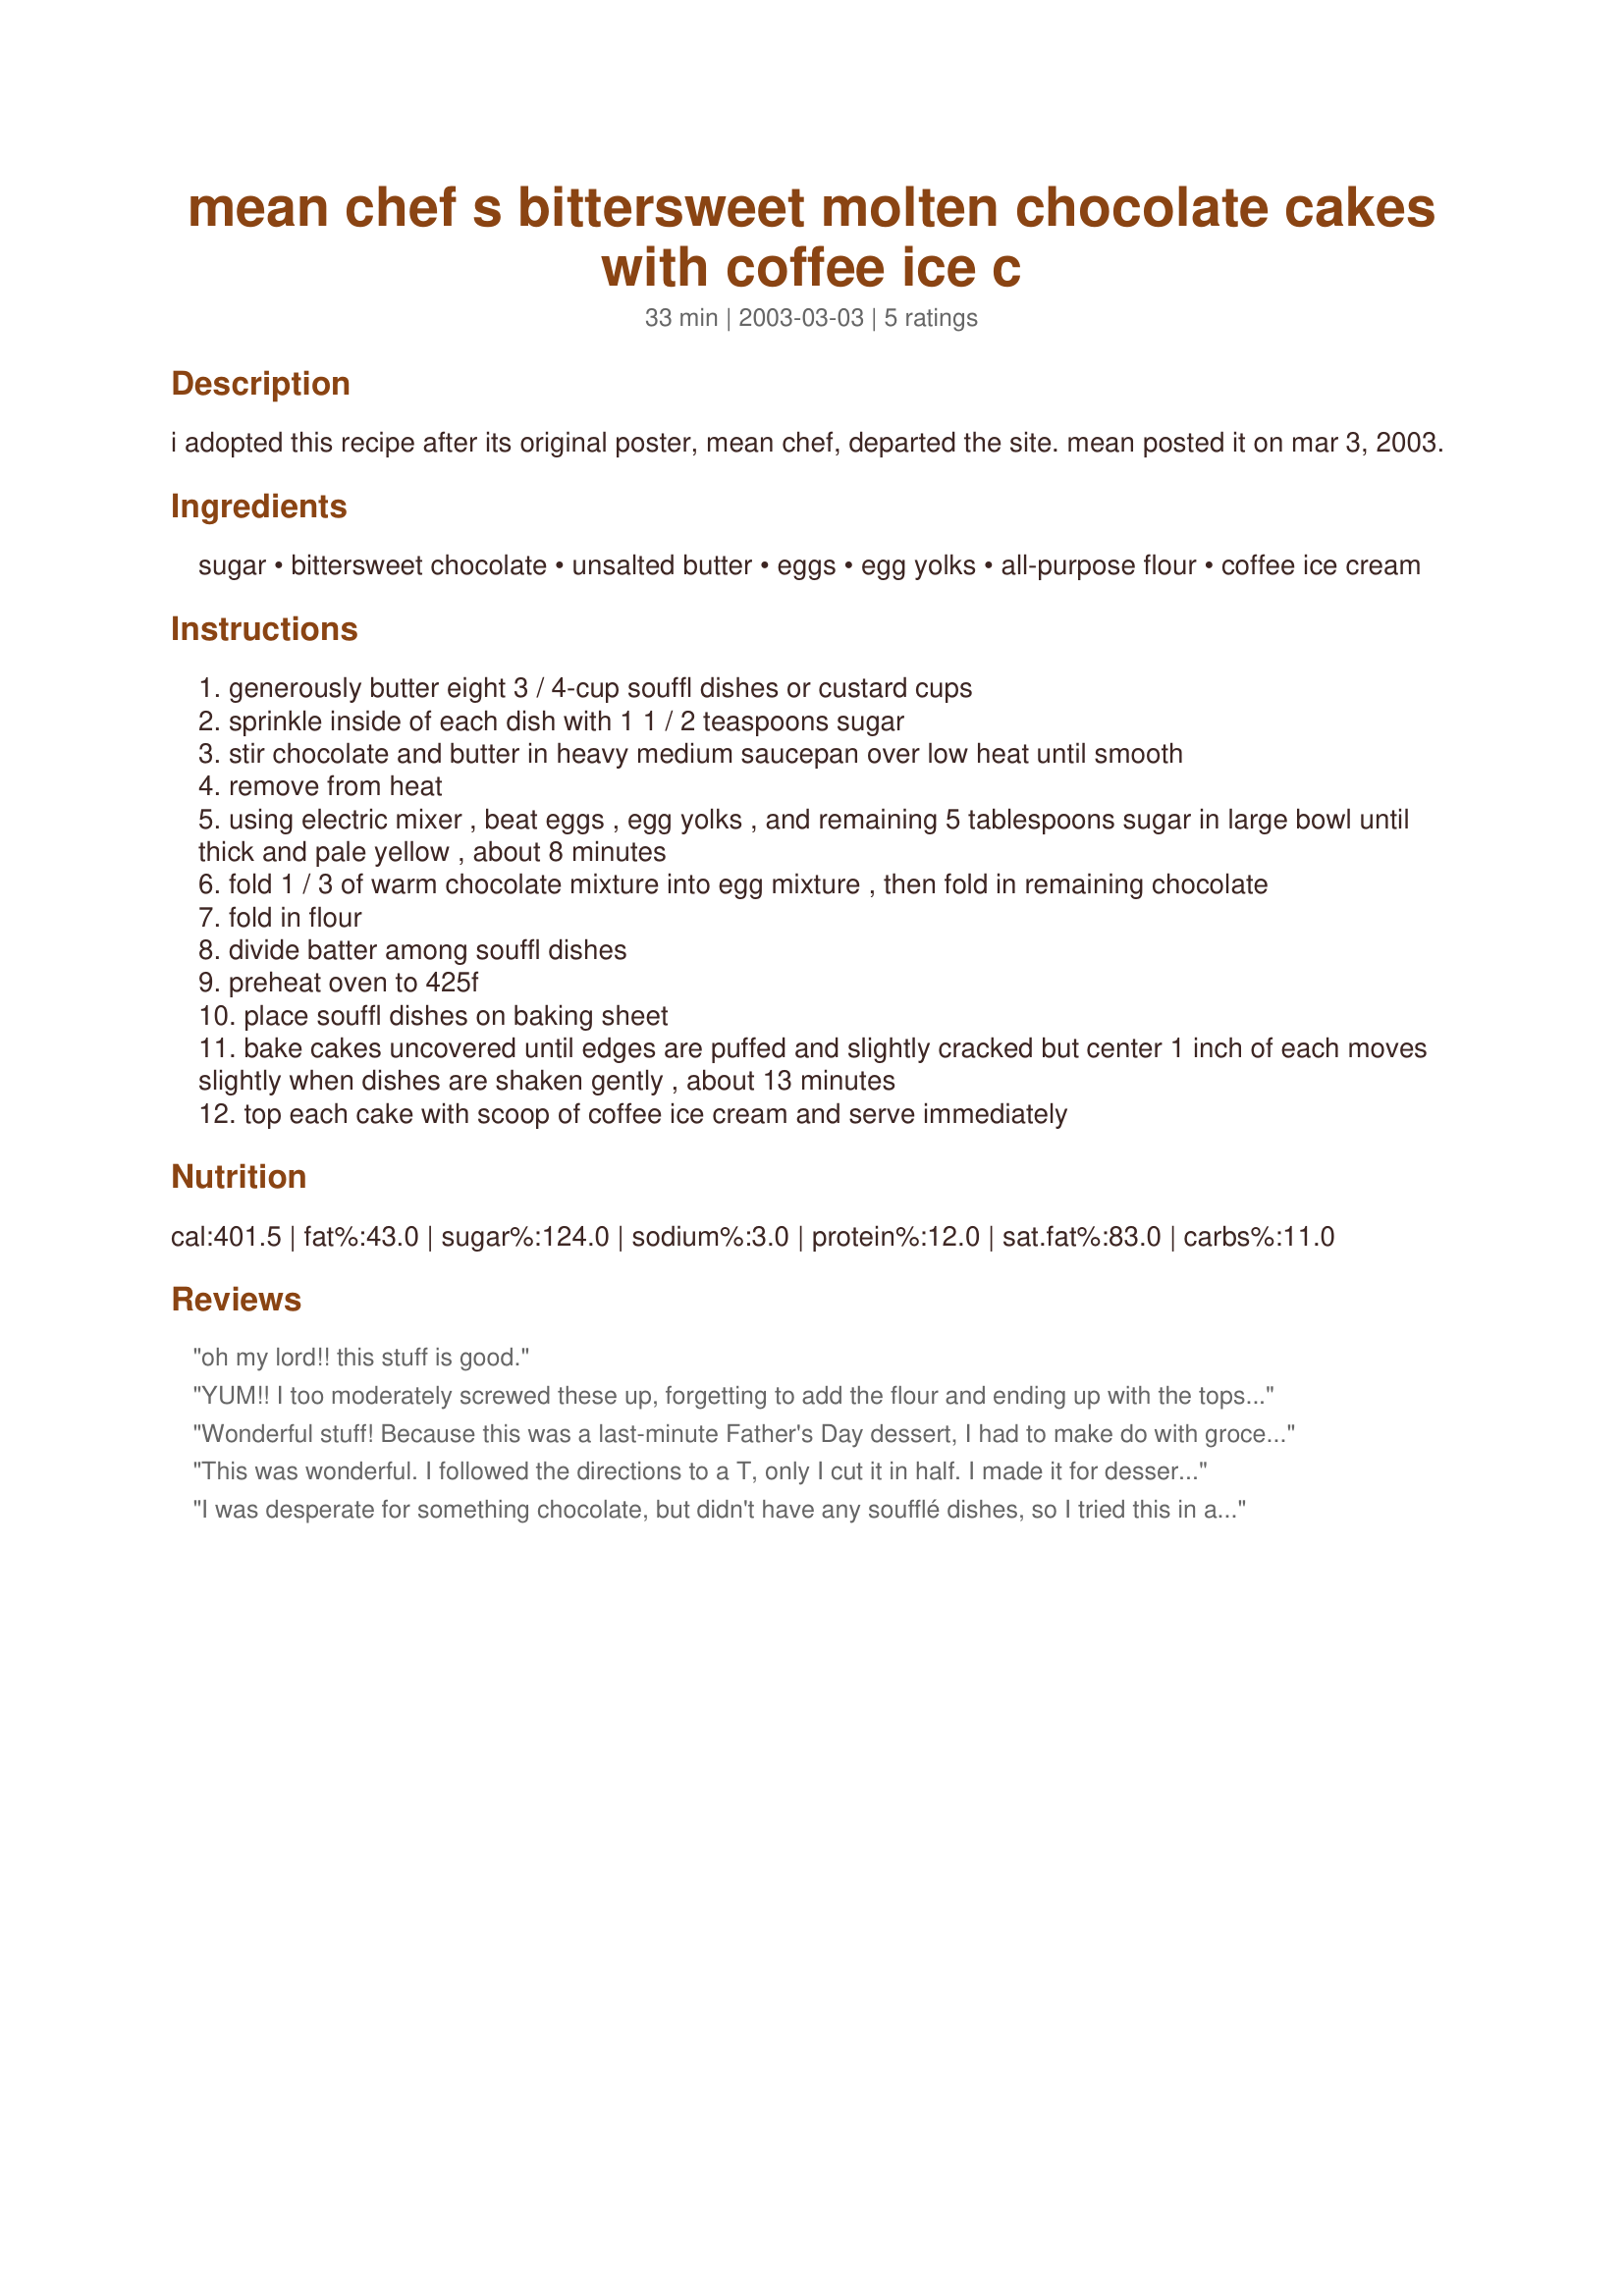
mean chef s bittersweet molten chocolate cakes with coffee ice c
Preparation time: 33 minutes

i adopted this recipe after its original poster, mean chef, departed the site. mean posted it on mar 3, 2003.

Ingredients:
sugar, bittersweet chocolate, unsalted butter, eggs, egg yolks, all-purpose flour, coffee ice cream

Steps:
generously butter eight 3 / 4-cup souffl dishes or custard cups
sprinkle inside of each dish with 1 1 / 2 teaspoons sugar
stir chocolate and butter in heavy medium saucepan over low heat until smooth
remove from heat
using electric mixer , beat eggs , egg yolks , and remaining 5 tablespoons sugar in large bowl until thick and pale yellow , about 8 minutes
fold 1 / 3 of warm chocolate mixture into egg mixture , then fold in remaining chocolate
fold in flour
divide batter among souffl dishes
preheat oven to 425f
place souffl dishes on baking sheet
bake cakes uncovered until edges are puffed and slightly cracked but center 1 inch of each moves slightly when dishes are shaken gently , about 13 minutes
top each cake with scoop of coffee ice cream and serve immediately

Reviews:
oh my lord!! this stuff is good.
YUM!! I too moderately screwed these up, forgetting to add the flour and ending up with the tops a bit singed. They tasted fantastic, though. The cakes are very rich, and I'd add that I should have paid attention to the recipe's use of 3/4 c. souffle dishes - mine were somewhat larger, and it was way too much for any normal human to finish. Thanks for this recipe! It's going to become a special-occasion standby for me.
Wonderful stuff! Because this was a last-minute Father's Day dessert, I had to make do with grocery store variety Baker's chocolate squares (I would've made a special trip to the Lindt store had I thought of it sooner). Anyway, they still tasted incredible. I also added a tablespoonful of amaretto to the egg/sugar mixture, but I didn't really notice it in the finished product, so I don't know if I'd bother with that part again. Oh, and since it was Father's Day and Dad doesn't like coffee ice cream, I opted for french vanilla (I suppose it wouldn't have been nice for me to make Dad eat something he doesn't like just because that was the recipe, at least not on Father's Day). Purely by accident, we also found out that these little guys taste like a cross between fudge and brownies when they are cold. They were just a touch overcooked due to my gimpy oven, so the middles were more fudgy than liquidy when warm, but again, they were still marvelous. I guess what I'm trying to say is that if these are that good when screwed up, they must be unbelievable when made perfectly - LOL
This was wonderful. I followed the directions to a T, only I cut it in half. I made it for dessert on Valentines Day, and it really was not hard to whip up in a hurry. My only problem was that it was a very rich dessert, so rich that I could not eat a whole peice, but still very good, and when I make them again, I will just put less in the custard cups. Oh, I did change one thing, I used vanilla ice cream instead of coffee, but I would definately try the coffee ice cream next time.
Thanks!
I was desperate for something chocolate, but didn't have any soufflé dishes, so I tried this in an 8x8. Sadly, it didn't work. I would love to try these again when I own some soufflé dishes, though!
